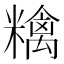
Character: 𥼝